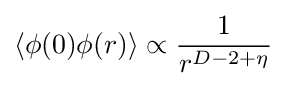
\langle \phi (0)\phi (r)\rangle \propto {\frac {1}{r^{D-2+\eta }}}